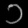
Digit: ၁